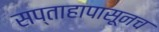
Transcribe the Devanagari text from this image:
सप्ताहापासूनच